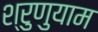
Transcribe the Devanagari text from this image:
श्रुणुयाम